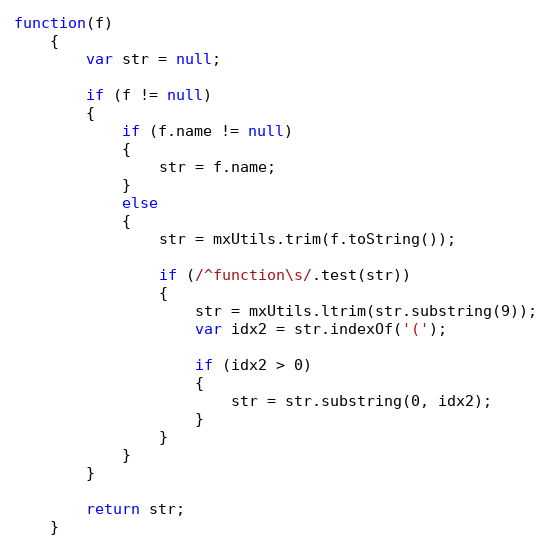
Language: JavaScript
function(f)
	{
		var str = null;

		if (f != null)
		{
			if (f.name != null)
			{
				str = f.name;
			}
			else
			{
				str = mxUtils.trim(f.toString());

				if (/^function\s/.test(str))
				{
					str = mxUtils.ltrim(str.substring(9));
					var idx2 = str.indexOf('(');

					if (idx2 > 0)
					{
						str = str.substring(0, idx2);
					}
				}
			}
		}

		return str;
	}